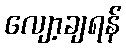
လျော့ချရန်